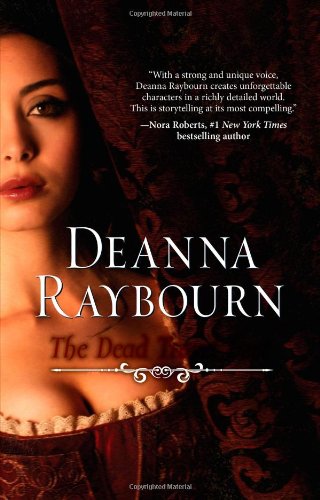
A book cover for The Dead Travel Fast; Deanna Raybourn; Travel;